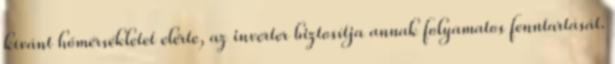
kívánt hőmérsékletet elérte, az inverter biztosítja annak folyamatos fenntartását.